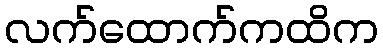
လက်ထောက်ကထိက